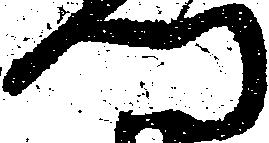
門